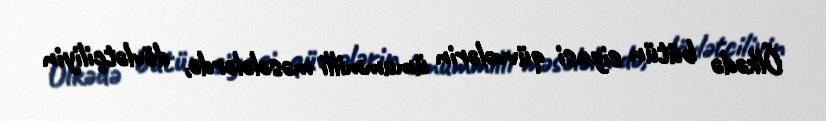
Ölkədə bütün siyasi qüvvələrin ümummilli məsələlərdə, dövlətçiliyin